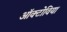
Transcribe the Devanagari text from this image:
ऑक्टोविया